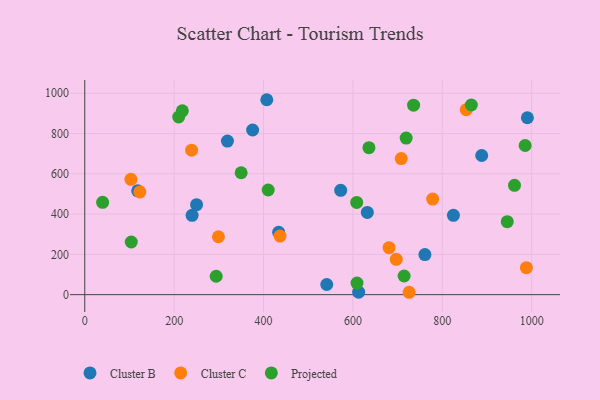
{"axis": {"x": "Experience", "y": "Exam Score"}, "legend": ["Cluster B", "Cluster C", "Projected"], "data": [{"x": "541.5", "y": 50.3, "type": "Cluster B"}, {"x": "572.7", "y": 518.2, "type": "Cluster B"}, {"x": "990.4", "y": 878.3, "type": "Cluster B"}, {"x": "632.3", "y": 408.1, "type": "Cluster B"}, {"x": "824.9", "y": 393.8, "type": "Cluster B"}, {"x": "407.3", "y": 967.8, "type": "Cluster B"}, {"x": "888.2", "y": 690.8, "type": "Cluster B"}, {"x": "118.5", "y": 515.3, "type": "Cluster B"}, {"x": "612.9", "y": 12.1, "type": "Cluster B"}, {"x": "761.1", "y": 199.2, "type": "Cluster B"}, {"x": "250.2", "y": 446.5, "type": "Cluster B"}, {"x": "240.2", "y": 393.8, "type": "Cluster B"}, {"x": "319.3", "y": 762.7, "type": "Cluster B"}, {"x": "375.6", "y": 817.5, "type": "Cluster B"}, {"x": "433.9", "y": 309.9, "type": "Cluster B"}, {"x": "299.1", "y": 287.6, "type": "Cluster C"}, {"x": "725.8", "y": 11.8, "type": "Cluster C"}, {"x": "103.3", "y": 572.8, "type": "Cluster C"}, {"x": "708.1", "y": 675.8, "type": "Cluster C"}, {"x": "853.6", "y": 918.2, "type": "Cluster C"}, {"x": "988.2", "y": 133.9, "type": "Cluster C"}, {"x": "239.1", "y": 717.3, "type": "Cluster C"}, {"x": "778.5", "y": 474.4, "type": "Cluster C"}, {"x": "436.9", "y": 291.0, "type": "Cluster C"}, {"x": "697.0", "y": 175.2, "type": "Cluster C"}, {"x": "123.3", "y": 509.9, "type": "Cluster C"}, {"x": "680.9", "y": 233.4, "type": "Cluster C"}, {"x": "635.9", "y": 729.8, "type": "Projected"}, {"x": "210.2", "y": 882.0, "type": "Projected"}, {"x": "294.1", "y": 91.3, "type": "Projected"}, {"x": "350.0", "y": 605.2, "type": "Projected"}, {"x": "609.2", "y": 57.6, "type": "Projected"}, {"x": "218.3", "y": 912.6, "type": "Projected"}, {"x": "104.1", "y": 261.4, "type": "Projected"}, {"x": "608.5", "y": 457.8, "type": "Projected"}, {"x": "40.0", "y": 458.3, "type": "Projected"}, {"x": "961.6", "y": 542.7, "type": "Projected"}, {"x": "714.6", "y": 92.6, "type": "Projected"}, {"x": "865.0", "y": 941.5, "type": "Projected"}, {"x": "985.4", "y": 740.6, "type": "Projected"}, {"x": "719.2", "y": 777.3, "type": "Projected"}, {"x": "410.5", "y": 519.5, "type": "Projected"}, {"x": "945.4", "y": 362.2, "type": "Projected"}, {"x": "735.8", "y": 940.7, "type": "Projected"}]}